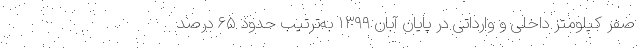
صفر کیلومتر داخلی و وارداتی در پایان آبان ۱۳۹۹ به‌ترتیب حدود ۶۵ درصد